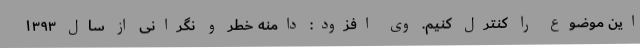
این موضوع را کنترل کنیم. وی افزود: دامنه خطر و نگرانی از سال ۱۳۹۳